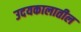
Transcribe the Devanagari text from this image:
उदयकालातील